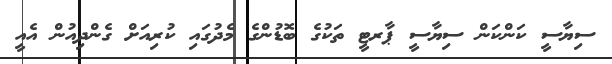
ސިޔާސީ ކަންކަން ސިޔާސީ ޕާރޓީ ތަކުގެ ބޮޑުންގެ މެދުގައި ކުރިއަށް ގެންދިއުން އެއީ